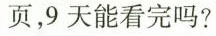
页，9天能看完吗？